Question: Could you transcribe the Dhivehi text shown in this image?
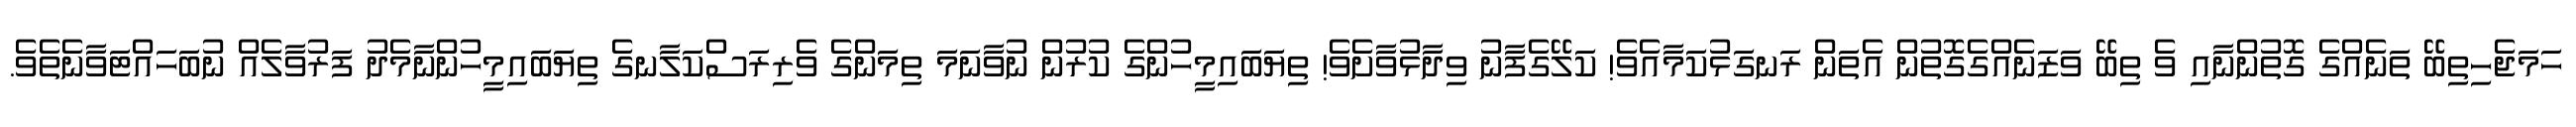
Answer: ހަމަޖެހިތިބޭ ތަނެއްގެ ގޮތުންނާއި ވެ ތިބޭ ވަޒަނެއްގެގޮތުން އެތަން ރަނގަޅުކަމާއެވެ! ކަލޭގެފާނު ވިދާޅުވާށެވެ! ތިޔަބައިމީހުންގެ ކުރުން ނުވާނަމަ ތިމަންގެ ވެރިރަސްކަލާނގެ ތިޔަބައިމީހުންނާމެދު ފަރުވާލެއް ނުބަހައްޓަވާނެތެވެ.